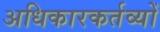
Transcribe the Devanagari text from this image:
अधिकारकर्तव्यों